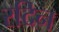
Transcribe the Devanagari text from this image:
रदिन